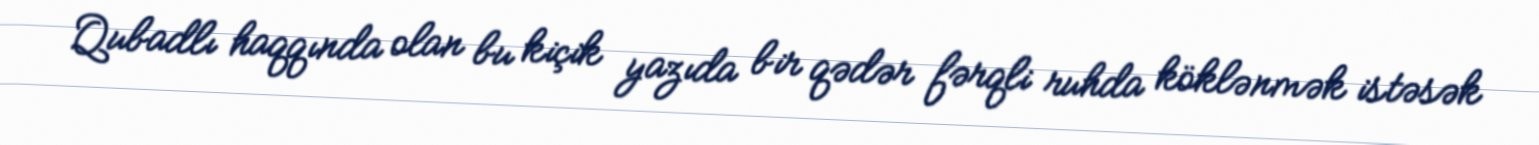
Qubadlı haqqında olan bu kiçik yazıda bir qədər fərqli ruhda köklənmək istəsək